Calcutta medical institutions reports 1892-1900
Year: 1892
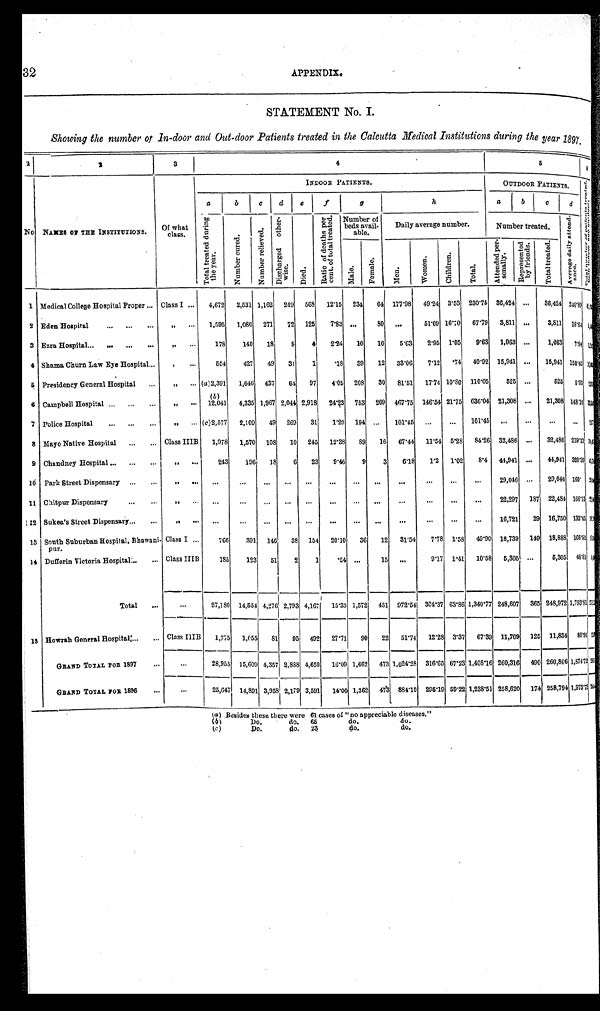
32
APPENDIX.
STATEMENT No. I.
Showing the number of In-door and Out-door Patients treated in the Calcutta Medical Institutions during the year 1897.
1
2
3
4
5
6
No NAMES OF THE INSTITUTIONS.
Of what
class.
I N D O O R P A T I E N T S .
OUTDOOR PATIENTS.
T o t a l n u m b e r o f p a t i e n t s t r e a t e d , b o t h i n d o o r a n d o u t d o o r .
a
b
c
d
e
f
g
h
a
b
c
d
T o t a l t r e a t e d d u r i n g t h e y e a r .
N u m b e r c u r e d .
N u m b e r r e l i e v e d .
D i s c h a r g e d o t h e r - w i s e .
D i e d .
R a d i o o f d e a t h s p e r c e n t . o f t o t a l t r e a t e d .
Number
of beds avail-able.
Daily average number.
Number treated.
A v e r a g e d a i l y a t t e n d - a n c e .
M a l e .
F e m a l e .
C h i l d r e n .
T o t a l .
M e n .
W o m e n .
A t t e n d e d p e r s o n a l l y .
R e p r e s e n t e d b y f r i e n d s .
T o t a l t r e a t e d .
1 Medical College Hospital Proper . . . Class I . . .
4,672
2,531 1,162
249
568
12.15
234
64 177.98
49.24 3.53 230.75 36,424 . . .
36,424 240.89 < i l l e g i b l e >
2 Eden Hospital . . .
, , . . .
1,595
1,086
271
72
125
7.83
. . .
80
. . .
51.09 16.70
67.79
3,811
. . .
3,811
18.64 < i l l e g i b l e >
3 Ezra Hospital . . .
, , . . .
178
140
18
8
4
2.24
10
10
5.63
2.95
1.05
9.63
1,063
. . .
1,063
7.94
< i l l e g i b l e >
4 Shama Churn Law Eye Hospital . . .
, . . .
554
427
49
31
1
.18
39
12
33.06
7.12
. 7 4 40.92 15,941 . . .
15,941 158.45 < i l l e g i b l e >
5 Presidency General Hospital . . .
,, . . . (a)2,391
1,646
437
64
97
4.05
208
30
81.51
17.74 10.80
110.05
525 . . .
525
5.03 < i l l e g i b l e >
6 Campbell Hospital . . .
, , . . .
(b)
12,041
4,335 1,967 2,044 2,918
24.23
753
209
467.75
146.54 21.75 636.04 21,308
. . .
21,308 148.10 < i l l e g i b l e >
7 Police Hospital . . .
,, . . .
(c)2,577
2,109
49
269
31
1.20
194
. . .
101.45
. . .
. . .
101.45
. . .
. . .
. . .
. . .
< i l l e g i b l e >
8 Mayo Native Hospital . . . Class IIIB
1,978
1,570
1 0 8
10
245
12.38
89
16
67.44
11.54 5.28
84.26 32,486 . . .
32,486 219.13 < i l l e g i b l e >
9 Chandney Hospital . . .
,, . . .
243
196
18
6
23
9.46
9
3
6.18
1.2
1.02
8.4
44,941
. . .
44,941 320.39
< i l l e g i b l e >
10 Park Street Dispensary . . .
„ . . .
. . .
. . .
. . .
. . .
. . .
. . .
. . .
. . .
. . .
. . .
. . .
. . .
29,046 . . .
29,046 160.
< i l l e g i b l e >
11 Chitpur Dispensary . . .
, , . . .
. . .
. . .
. . .
. . .
. . .
. . .
. . .
. . .
. . .
. . .
. . .
. . .
22,297
187
22,484 166.13
< i l l e g i b l e >
12 Sukea's Street Dispensary . . .
„ . . .
. . .
. . .
. . .
. . .
. . .
. . .
. . .
. . .
. . .
. . .
. . .
. . .
16,721
29 16,750 133.45 < i l l e g i b l e >
13 South Suburban Hospital, Bhawani-
pur.
Class I . . .
766
391
146
38
154
20.10
36
12
31.54
7.78 1.58
40.90 18,739
149 18,888 166.85 < i l l e g i b l e >
14 Dufferin Victoria Hospital - . . . Class IIIB
185
123
51
2
1
.54
. . .
15
. . .
9.17 1.41
10.58
5,305
. . .
5,305
48.81 < i l l e g i b l e >
Total . . .
. . .
27,180 14,554 4,276 2,793 4,167
15.33 1,572
451
972.54 304.37 63.86 1,340.77 248,607
365 248,972 1,793.81
< i l l e g i b l e >
15 Howrah General Hospital . . . Class IIIB
1,775
1 , 0 5 5
81
95
492
27.71
90
22
51.74
12.28 3.37
67.39 11,709
125 11,834
80.91
< i l l e g i b l e >
GRAND TOTAL FOR 1897 . . .
. . .
28,955
15,609 4,357 2,888 4,659
16.09 1,662
473 1,024.28
316.65 67.23 1,408.16 260,316
490 260,806 1,874.72 < i l l e g i b l e >
GRAND TOTAL FOR 1896 . . .
. . .
25,647
14,891 3,958 2,179 3,591
14.00 1,362
473 884.10
295.19 59.22 1,238.51 258,620
174 258,794 1,973.72
( a ) B e s i d e s t h e s e t h e r e w e r e 6 1 c a s e s o f " n o a p p r e c i a b l e d i s e a s e s . "
(b)
Do.
do.
65
do.
do.
( c )
D o .
d o .
2 3
d o .
d o .